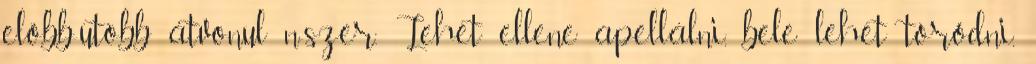
előbb-utóbb átvonul n-szer. Lehet ellene apellálni, bele lehet törődni,